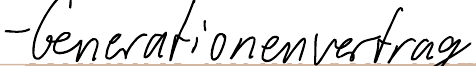
- Generationenvertrag